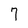
Character: 7